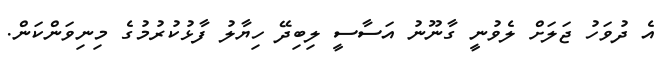
އެ ދުވަހު ޖަލަށް ލެވުނީ ގާނޫނު އަސާސީ ލިބިދޭ ހިޔާލު ފާޅުކުރުމުގެ މިނިވަންކަން.